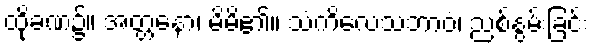
ထိုခဏ၌။ အတ္တနော၊ မိမိ၏။ သံကိလေသဘာဝံ၊ ညစ်နွမ်းခြင်း